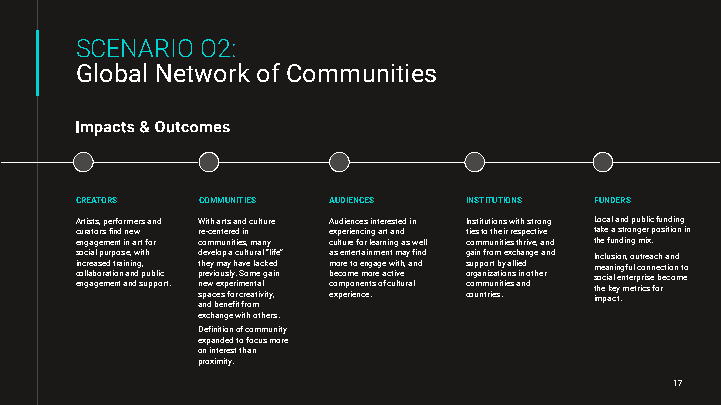
SCENARIOO2:
 Global Network of Communities
 CREATORS COMMUNITIES AUDIENCES INSTITUTIONS FUNDERS
 Artists,performersand Withartsandculture Audiencesinterestedin Institutionswithstrong Localandpublicfunding
 curatorsfindnew re-centeredin experiencingartand tiestotheirrespective takeastrongerpositionin
 engagementinartfor communities,many cultureforlearningaswell communitiesthrive,and thefundingmix.
 s i c eno o nc gc lr lai aea ba gl os ep e r mu adr t ep it noo ra tns i ae n a n, i nn dw dgi s,t p uh u pb pli oc rt. d t p n s ah p nere e e awv dy ve ci bel m o eo ex sup a nps fy eea l oy frh r i.c i tma cSu fv ro rl e eet omu n a mlr ta tea a ic vl lg ik“ tael yi i ,f d ne” a m b c eo xs eo pc me r eoen p rmt iot ee o e n nrt ee cma nn ei on tg .sm ra e oge a fen c cwt t uim i v lt teh ua , ry aaf lnin dd g s o c cu o oa rgp m uin ap nmnf o tr rir zo u iet am n sb t i .i ty o ie ea nx sl sc li ah e in na d dn og the ea rnd I m s t imn hoc e ec pl au i k aans e clii yn teo .g mnn f t, u eeo l tru rpc it cror i se sna en fc oe bh rc eta cion ond mt eo
 exchangewithothers.
 Definitionofcommunity
 expandedtofocusmore
 oninterestthan
 proximity.
 17